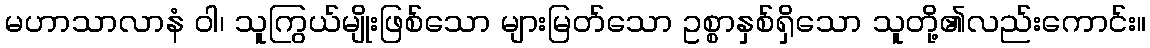
မဟာသာလာနံ ဝါ၊ သူကြွယ်မျိုးဖြစ်သော များမြတ်သော ဥစ္စာနှစ်ရှိသော သူတို့၏လည်းကောင်း။